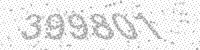
Solution: 399801